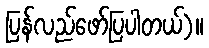
ပြန်လည်ဖော်ပြပါတယ်)။